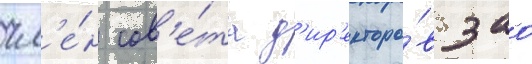
чл'е́н сов'е́та д'ир'екторо́в зао